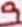
Text: 9